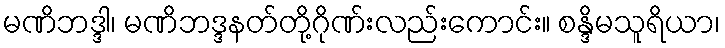
မဏိဘဒ္ဒါ၊ မဏိဘဒ္ဒနတ်တို့ဂိုဏ်းလည်းကောင်း။ စန္ဒိမသူရိယာ၊